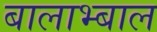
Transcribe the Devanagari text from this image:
बालाभ्बाल